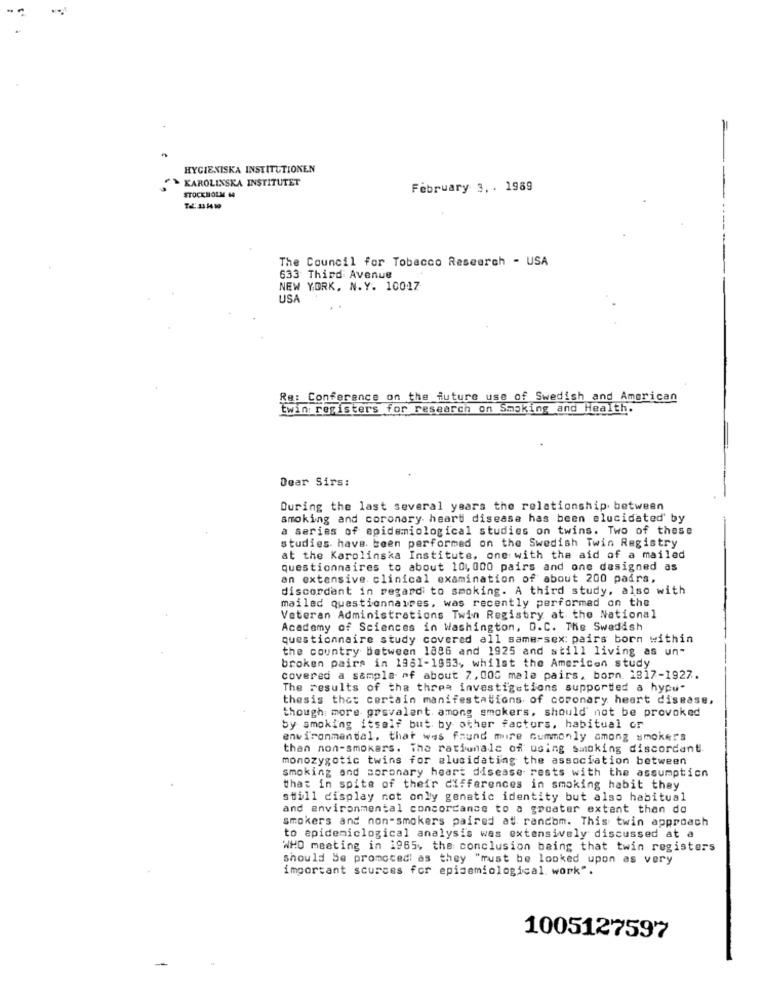
..
+
HYGIENISKA INSTITUTIONEN
KAROLINSKA INSTITUTET
February 3, . 1989
STOCKHOLM 44
The Council for Tobacco Research - USA
633 Third Avenue
NEW YORK, N.Y. 10017
USA
Re: Conferance on the future use of Swedish and American
twin registers for research on Smoking and Health.
Dear Sirs:
During the last several years the relationship between
smoking and coronary heart disease has been elucidated by
a series of epidemiological studies on twins. Two of these
studies have been performed on the Swedish Twin Registry
at the Karolinska Institute, one with the aid of a mailed
questionnaires to about 10, 000 pairs and one designed as
an extensive. clinical examination of about 200 paars,
discordant in regard to smoking. A third study, also with
mailed questionnaires, was recently performed on the
Veteran Administrations Twin Registry at the National
Academy of Sciences in Washington, D.C. The Swedish
questionnaire study covered all same-sex: pairs born within
the country Between 1886 and 1925 and still living as un-
broken pairs in 1981-1953, whilst the American study
covered a sample of about 7,000 male pairs, born. 1817-1927.
The results of the threa investigations supported a hypu-
thesis that certain manifestations of coronary heart disease,
though more gravalert. among smokers, should not be provoked
by smoking itself but by other factors, habitual or
environmental, that was found more commonly among smokers
than non-smokers. The rationale of using Smoking discordant
monozygotic twins for elucidating the association between
smoking and coronary heart disease rests with the assumption
that in spite of their differences in smoking habit they
still display not only genetic identity but also habitual
and environmental concordance to a gocater extent than do
smokers and non-smokers paired at rancom. This twin approach
to epidemiclogical analysis was extensively discussed at a
WHO meeting in 1965, the conclusion being that twin registers
Should Se promoced' as they "must be looked upon as very
important sources for epidemiological work".
1005127597
-